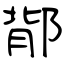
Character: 鄁